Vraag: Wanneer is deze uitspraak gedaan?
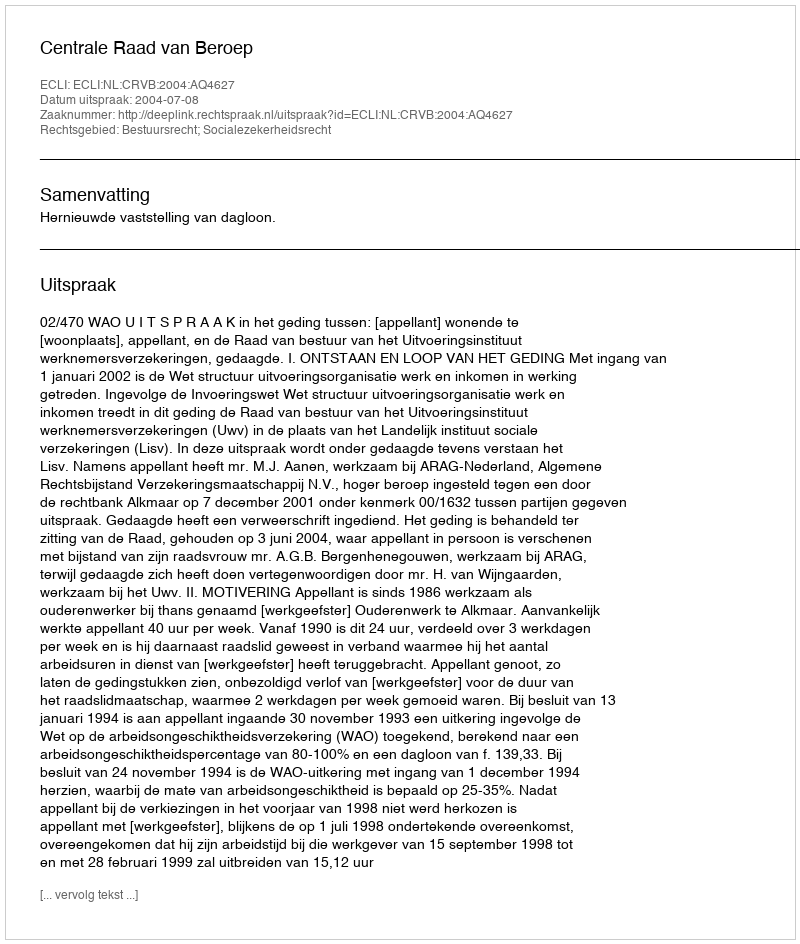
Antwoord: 2004-07-08